Report of the Municipal Commissioner on the plague in Bombay for the year ending 31st May... - Volume 3
Disease focus: Plague
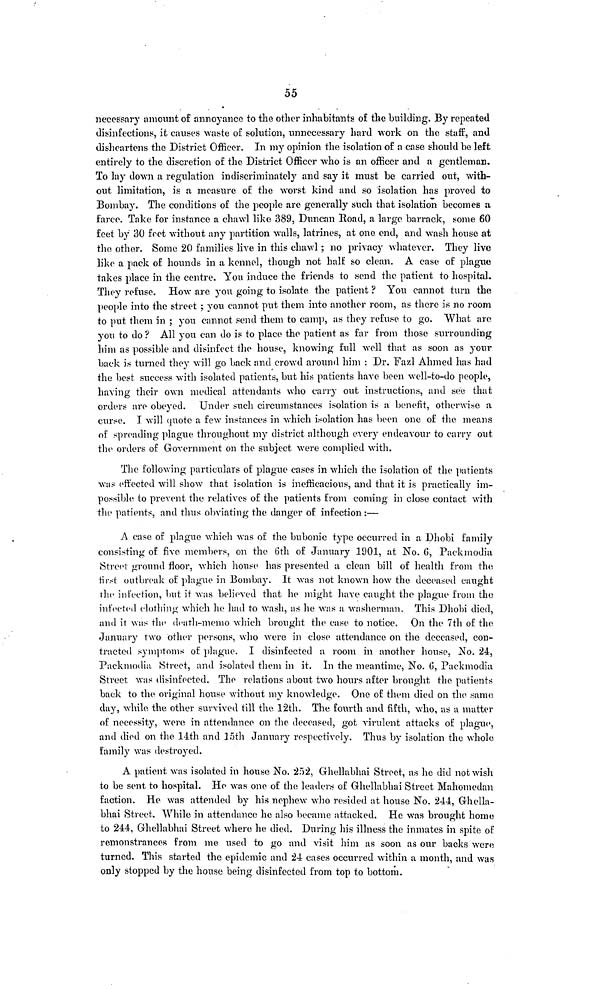
55
necessary amount of annoyance to the other inhabitants of the building. By repeated
disinfections, it causes waste of solution, unnecessary hard work on the staff, and
disheartens the District Officer. In my opinion the isolation of a case should be left
entirely to the discretion of the District Officer who is an officer and a gentleman.
To lay down a regulation indiscriminately and say it must be carried out, with-
out limitation, is a measure of the worst kind and so isolation has proved to
Bombay. The conditions of the people are generally such that isolation becomes a
farce. Take for instance a chawl like 389, Duncan Road, a large barrack, some 60
feet by 30 feet without any partition walls, latrines, at one end, and wash house at
the other. Some 20 families live in this chawl ; no privacy whatever. They live
like a pack of hounds in a kennel, though not half so clean. A case of plague
takes place in the centre. You induce the friends to send the patient to hospital.
They refuse. How are you going to isolate the patient ? You cannot turn the
people into the street ; you cannot put them into another room, as there is no room
to put them in ; you cannot send them to camp, as they refuse to go. What are
you to do ? All you can do is to place the patient as far from those surrounding
him as possible and disinfect the house, knowing full well that as soon as your
back is turned they will go back and crowd around him : Dr. Fazl Ahmed has had
the best success with isolated patients, but his patients have been well-to-do people,
having their own medical attendants who carry out instructions, and see that
orders are obeyed. Under such circumstances isolation is a benefit, otherwise a
curse. I will quote a few instances in which isolation has been one of the means
of spreading plague throughout my district although every endeavour to carry out
the orders of Government on the subject were complied with.
The following particulars of plague cases in which the isolation of the patients
was effected will show that isolation is inefficacious, and that it is practically im-
possible to prevent the relatives of the patients from coming in close contact with
the patients, and thus obviating the danger of infection :—
A case of plague which was of the bubonic type occurred in a Dhobi family
consisting of five members, on the 6th of January 1901, at No. 6, Packmodia,
Street ground floor, which house has presented a clean bill of health from the
first outbreak of plague in Bombay. It was not known how the deceased caught
the infection, but it was believed that he might have caught the plague from the
infected clothing which he had to wash, as he was a washerman. This Dhobi died,
and it was the death-memo which brought the case to notice. On the 7th of the
January two other persons, who were in close attendance on the deceased, con-
tracted symptoms of plague. I disinfected a room in another house, No. 24,
Packmodia Street, and isolated them in it. In the meantime, No. 6, Packmodia
Street was disinfected. The relations about two hours after brought the patients
back to the original house without my knowledge. One of them died on the same
day, while the other survived till the 12th. The fourth and fifth, who, as a matter
of necessity, were in attendance on the deceased, got virulent attacks of plague,
and died on the 14th and loth January respectively. Thus by isolation the whole
family was destroyed.
A patient was isolated in house No. 252, Ghellabhai Street, as he did not wish
to be sent to hospital. He was one of the leaders of Ghellabhai Street Mahomedan
faction. He was attended by his nephew who resided at house No. 244, Ghella-
bhai Street. While in attendance he also became attacked. He was brought home
to 244, Ghellabhai Street where he died. During his illness the inmates in spite of
remonstrances from me used to go and visit him as soon as our backs were
turned. This started the epidemic and 24 cases occurred within a month, and was
only stopped by the house being disinfected from top to bottom.